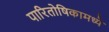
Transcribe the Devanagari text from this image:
पारितोषिकामध्ये